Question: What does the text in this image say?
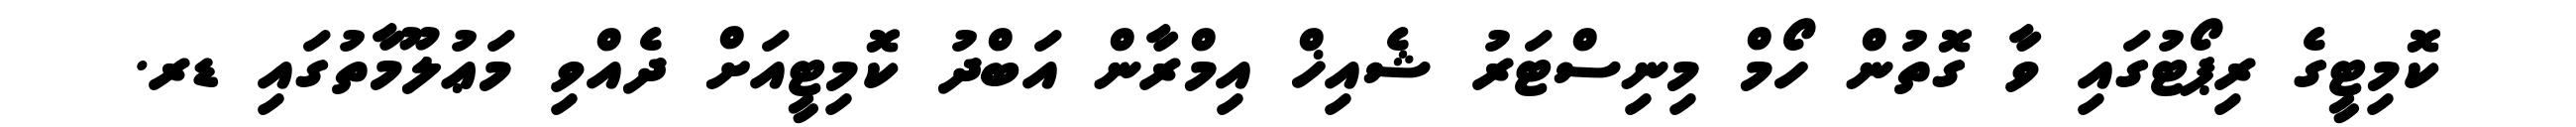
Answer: ކޮމިޓީގެ ރިޕޯޓުގައި ވާ ގޮތުން ހޯމް މިނިސްޓަރު ޝެއިޚް އިމްރާން އަބްދު ކޮމިޓީއަށް ދެއްވި މަޢުލޫމާތުގައި ޑރ.